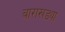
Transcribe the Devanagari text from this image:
बाराखड्या